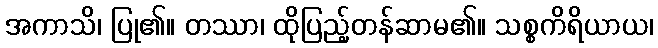
အကာသိ၊ ပြု၏။ တဿာ၊ ထိုပြည့်တန်ဆာမ၏။ သစ္စကိရိယာယ၊